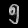
Digit: ၅